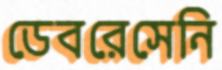
ডেবরেসেনি